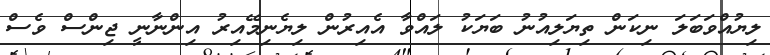
ލިޔުއްވަބަލަ ނިކަން ތިޔަލިއުނު ބަޔަކު ލައްވާ އެއިރުން ލިޔެނިމޭއިރު އިންނާނީ ޖިންސް ވެސް